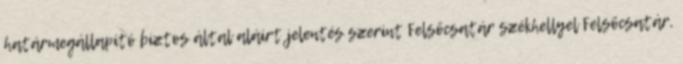
határmegállapító biztos által aláírt jelentés szerint Felsőcsatár székhellyel Felsőcsatár,